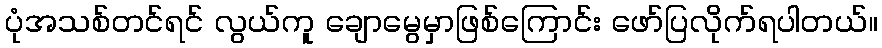
ပုံအသစ်တင်ရင် လွယ်ကူ ချောမွေမှာဖြစ်ကြောင်း ဖော်ပြလိုက်ရပါတယ်။